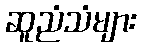
ဆူညံသံများ